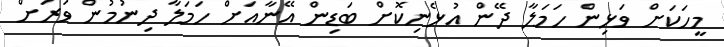
މީހަކަށް ވަޅިން ހަމަލާ ދޭން އުޅެނިކޮށް ބަޑިން އޭނާއަށް ހަމަލާ ދިނުމުން ވަރަށް